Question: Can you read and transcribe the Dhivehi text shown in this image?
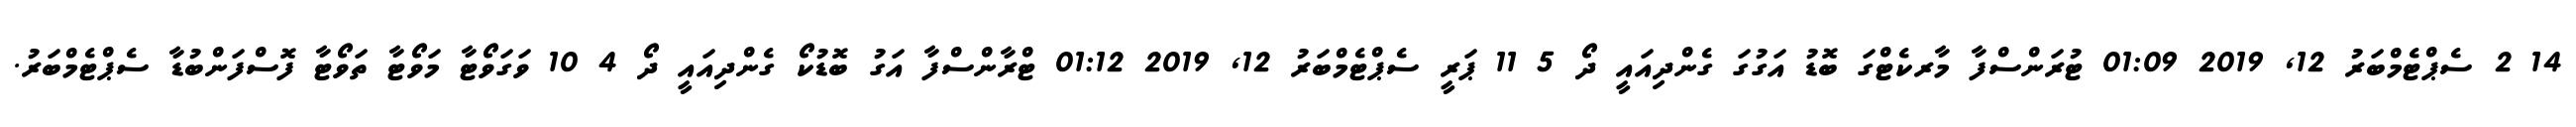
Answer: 14 2 ސެޕްޓެމްބަރު 12, 2019 01:09 ޓުރަންސްފާ މާރކެޓްގަ ބޮޑު އަގުގަ ގެންދިއައީ ދޯ 5 11 ޕަރީ ސެޕްޓެމްބަރު 12, 2019 01:12 ޓްރާންސްފާ އަގު ބޮޑުކޯ ގެންދިއައީ ދޯ 4 10 ވަގަވޯޓާ މަވޯޓާ ތަވޯޓާ ފޮސްފަންބުޑާ ސެޕްޓެމްބަރު.